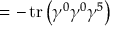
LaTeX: = - \operatorname { t r } \left( \gamma ^ { 0 } \gamma ^ { 0 } \gamma ^ { 5 } \right)